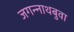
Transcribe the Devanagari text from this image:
जगन्‍नाथबुवा